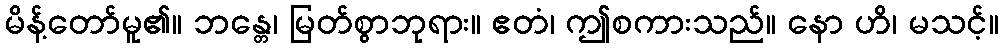
မိန့်တော်မူ၏။ ဘန္တေ၊ မြတ်စွာဘုရား။ ဧတံ၊ ဤစကားသည်။ နော ဟိ၊ မသင့်။